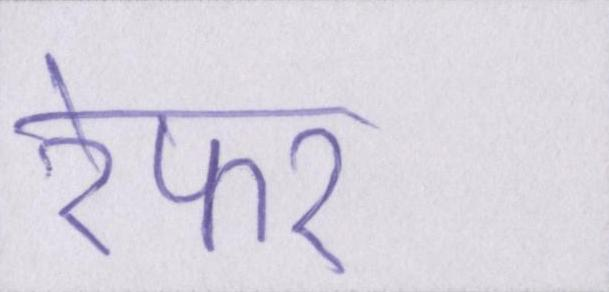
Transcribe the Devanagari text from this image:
रेफर